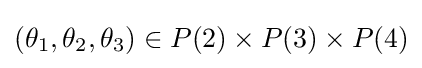
(\theta _{1},\theta _{2},\theta _{3})\in P(2)\times P(3)\times P(4)